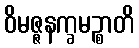
ဝိမဇ္ဇနက္ခမဉ္စာတိ